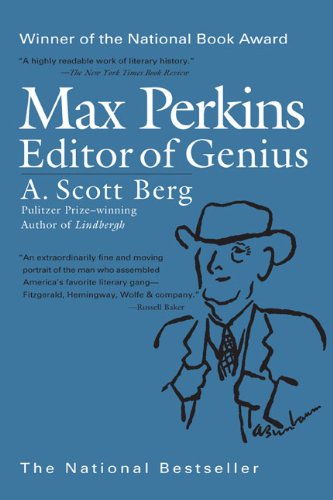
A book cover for Max Perkins: Editor of Genius; A. Scott Berg; Biographies & Memoirs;